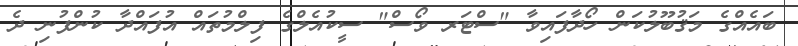
ބައެއްގެ މަޤުބޫލުކަން ހޯދާފައިވާ "ސްޓަރ ވޯސް" ސީކުއެލްގެ ފިލްމުތައް އުފައްދާ ކުންފުނި ދެ